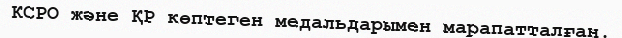
КСРО және ҚР көптеген медальдарымен марапатталған.